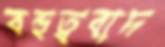
বহুত্ববাদ